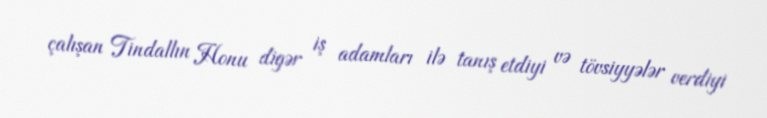
çalışan Tindallın Honu digər iş adamları ilə tanış etdiyi və tövsiyyələr verdiyi